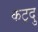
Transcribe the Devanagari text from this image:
कट्रदु